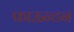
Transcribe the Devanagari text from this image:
फाऊन्टन